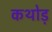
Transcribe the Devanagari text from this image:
कथोड़